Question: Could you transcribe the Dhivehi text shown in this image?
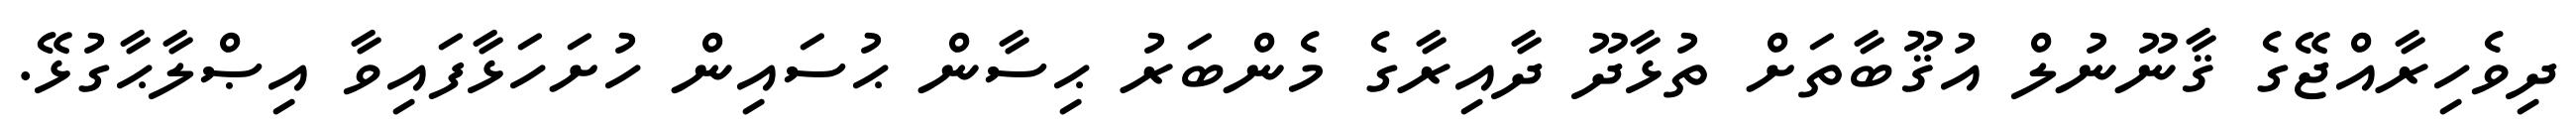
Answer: ދިވެހިރާއްޖޭގެ ޤާނޫނުލް އުޤޫބާތަށް ތުޅާދޫ ދާއިރާގެ މެންބަރު ޙިސާން ޙުސައިން ހުށަހަޅާފައިވާ އިޞްލާޙާގުޅޭ.